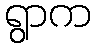
ရွာက